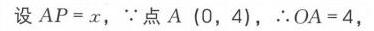
设$AP = x$，$\because$点$A\ (0,4)$，$\therefore OA = 4$，